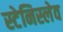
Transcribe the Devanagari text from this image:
स्टेनिस्लेव